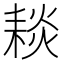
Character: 䎦